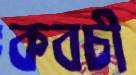
কবচী